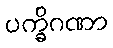
ပက္ခိဂဏာ